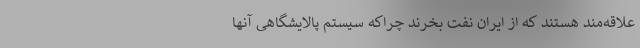
علاقه‌مند هستند که از ایران نفت بخرند چراکه سیستم پالایشگاهی آنها